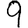
Digit: 9